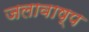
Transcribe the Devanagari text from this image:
जलावाष्प